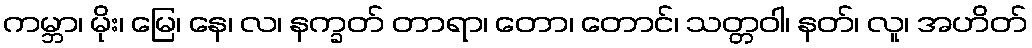
ကမ္ဘာ၊ မိုး၊ မြေ၊ နေ၊ လ၊ နက္ခတ် တာရာ၊ တော၊ တောင်၊ သတ္တဝါ၊ နတ်၊ လူ၊ အဟိတ်